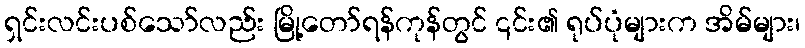
ရှင်းလင်းပစ်သော်လည်း မြို့တော်ရန်ကုန်တွင် ၎င်း၏ ရုပ်ပုံများက အိမ်များ၊